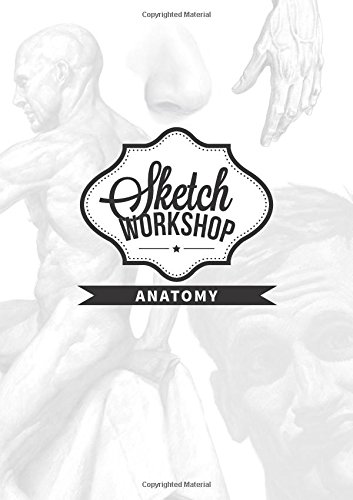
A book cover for Sketch Workshop: Anatomy; Arts & Photography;